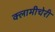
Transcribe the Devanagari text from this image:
क्‍लामीचेरी